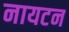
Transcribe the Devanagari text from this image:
नायटन